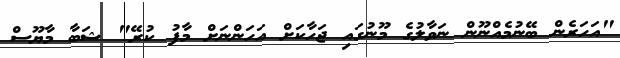
"އަހަރެން ބޭނުމެއްނޫން ނަވާލުގެ މޫނުގައި ޖަހާކަށް އަހަންނަށް މާފު ކުރޭ" ޝަބާ މާޔޫސް